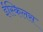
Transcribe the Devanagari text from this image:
ईस्किलस